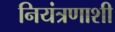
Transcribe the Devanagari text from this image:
नियंत्रणाशी